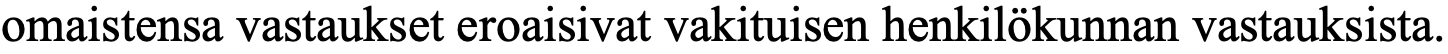
omaistensa vastaukset eroaisivat vakituisen henkilökunnan vastauksista.